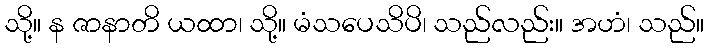
သို့။ န ဇာနာတိ ယထာ၊ သို့။ မံသပေသိပိ၊ သည်လည်း။ အဟံ၊ သည်။